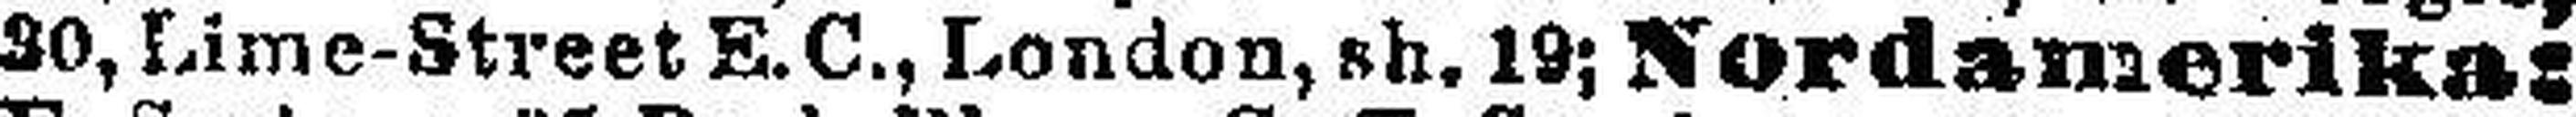
20, Lime-Street E.C., London, sh. 19; Nordamerika: